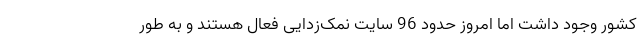
کشور وجود داشت اما امروز حدود 96 سایت نمک‌زدایی فعال هستند و به طور